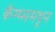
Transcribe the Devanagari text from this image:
कॅम्प्समधून